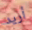
أريد